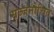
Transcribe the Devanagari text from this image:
सज्जनोचित